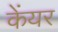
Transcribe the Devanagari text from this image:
केंयर